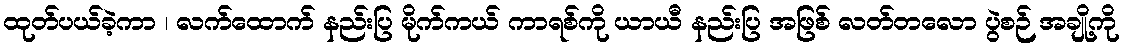
ထုတ်ပယ်ခဲ့ကာ ၊ လက်ထောက် နည်းပြ မိုက်ကယ် ကာရစ်ကို ယာယီ နည်းပြ အဖြစ် လတ်တလော ပွဲစဉ် အချို့ကို